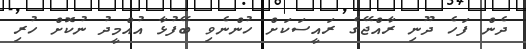
ދެން ފަހެ ދޫނި ރާއްޖޭގެ ރައީސަކަށް ހުންނެވި ބޭފުޅާ އުއްމީދު ނުކޮށް ހުރި